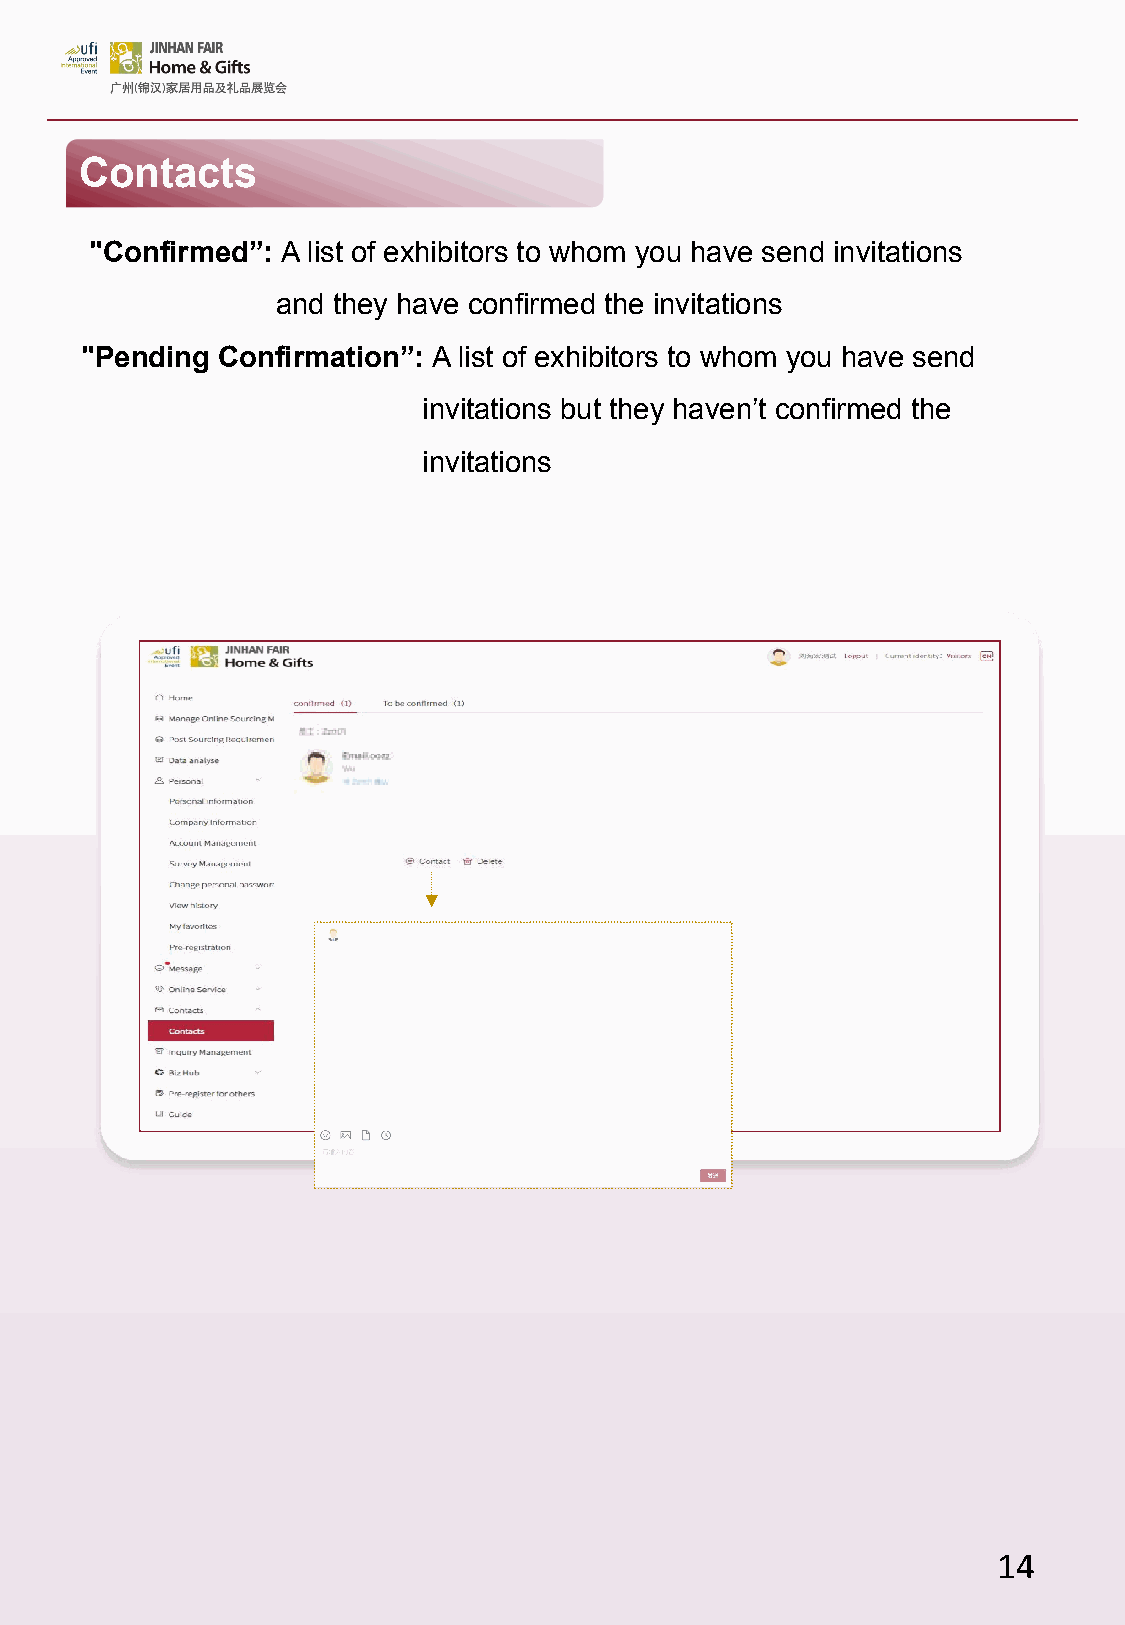
Contacts
 "Confirmed”: A list of exhibitors to whom you have send invitations
 and they have confirmed the invitations
 "Pending Confirmation”: A list of exhibitors to whom you have send
 invitations but they haven’t confirmed the
 invitations
 14